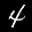
Digit: 4